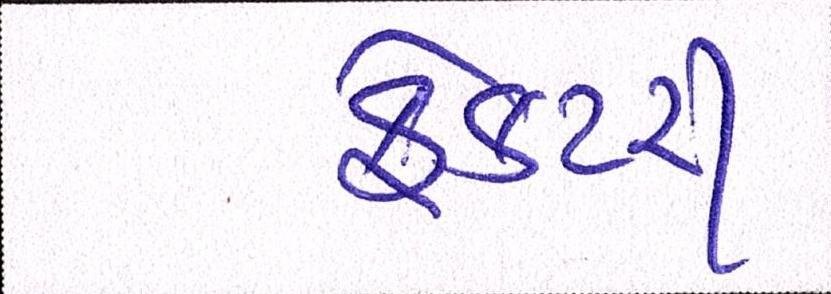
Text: ફેક્ટરી